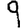
Digit: 9